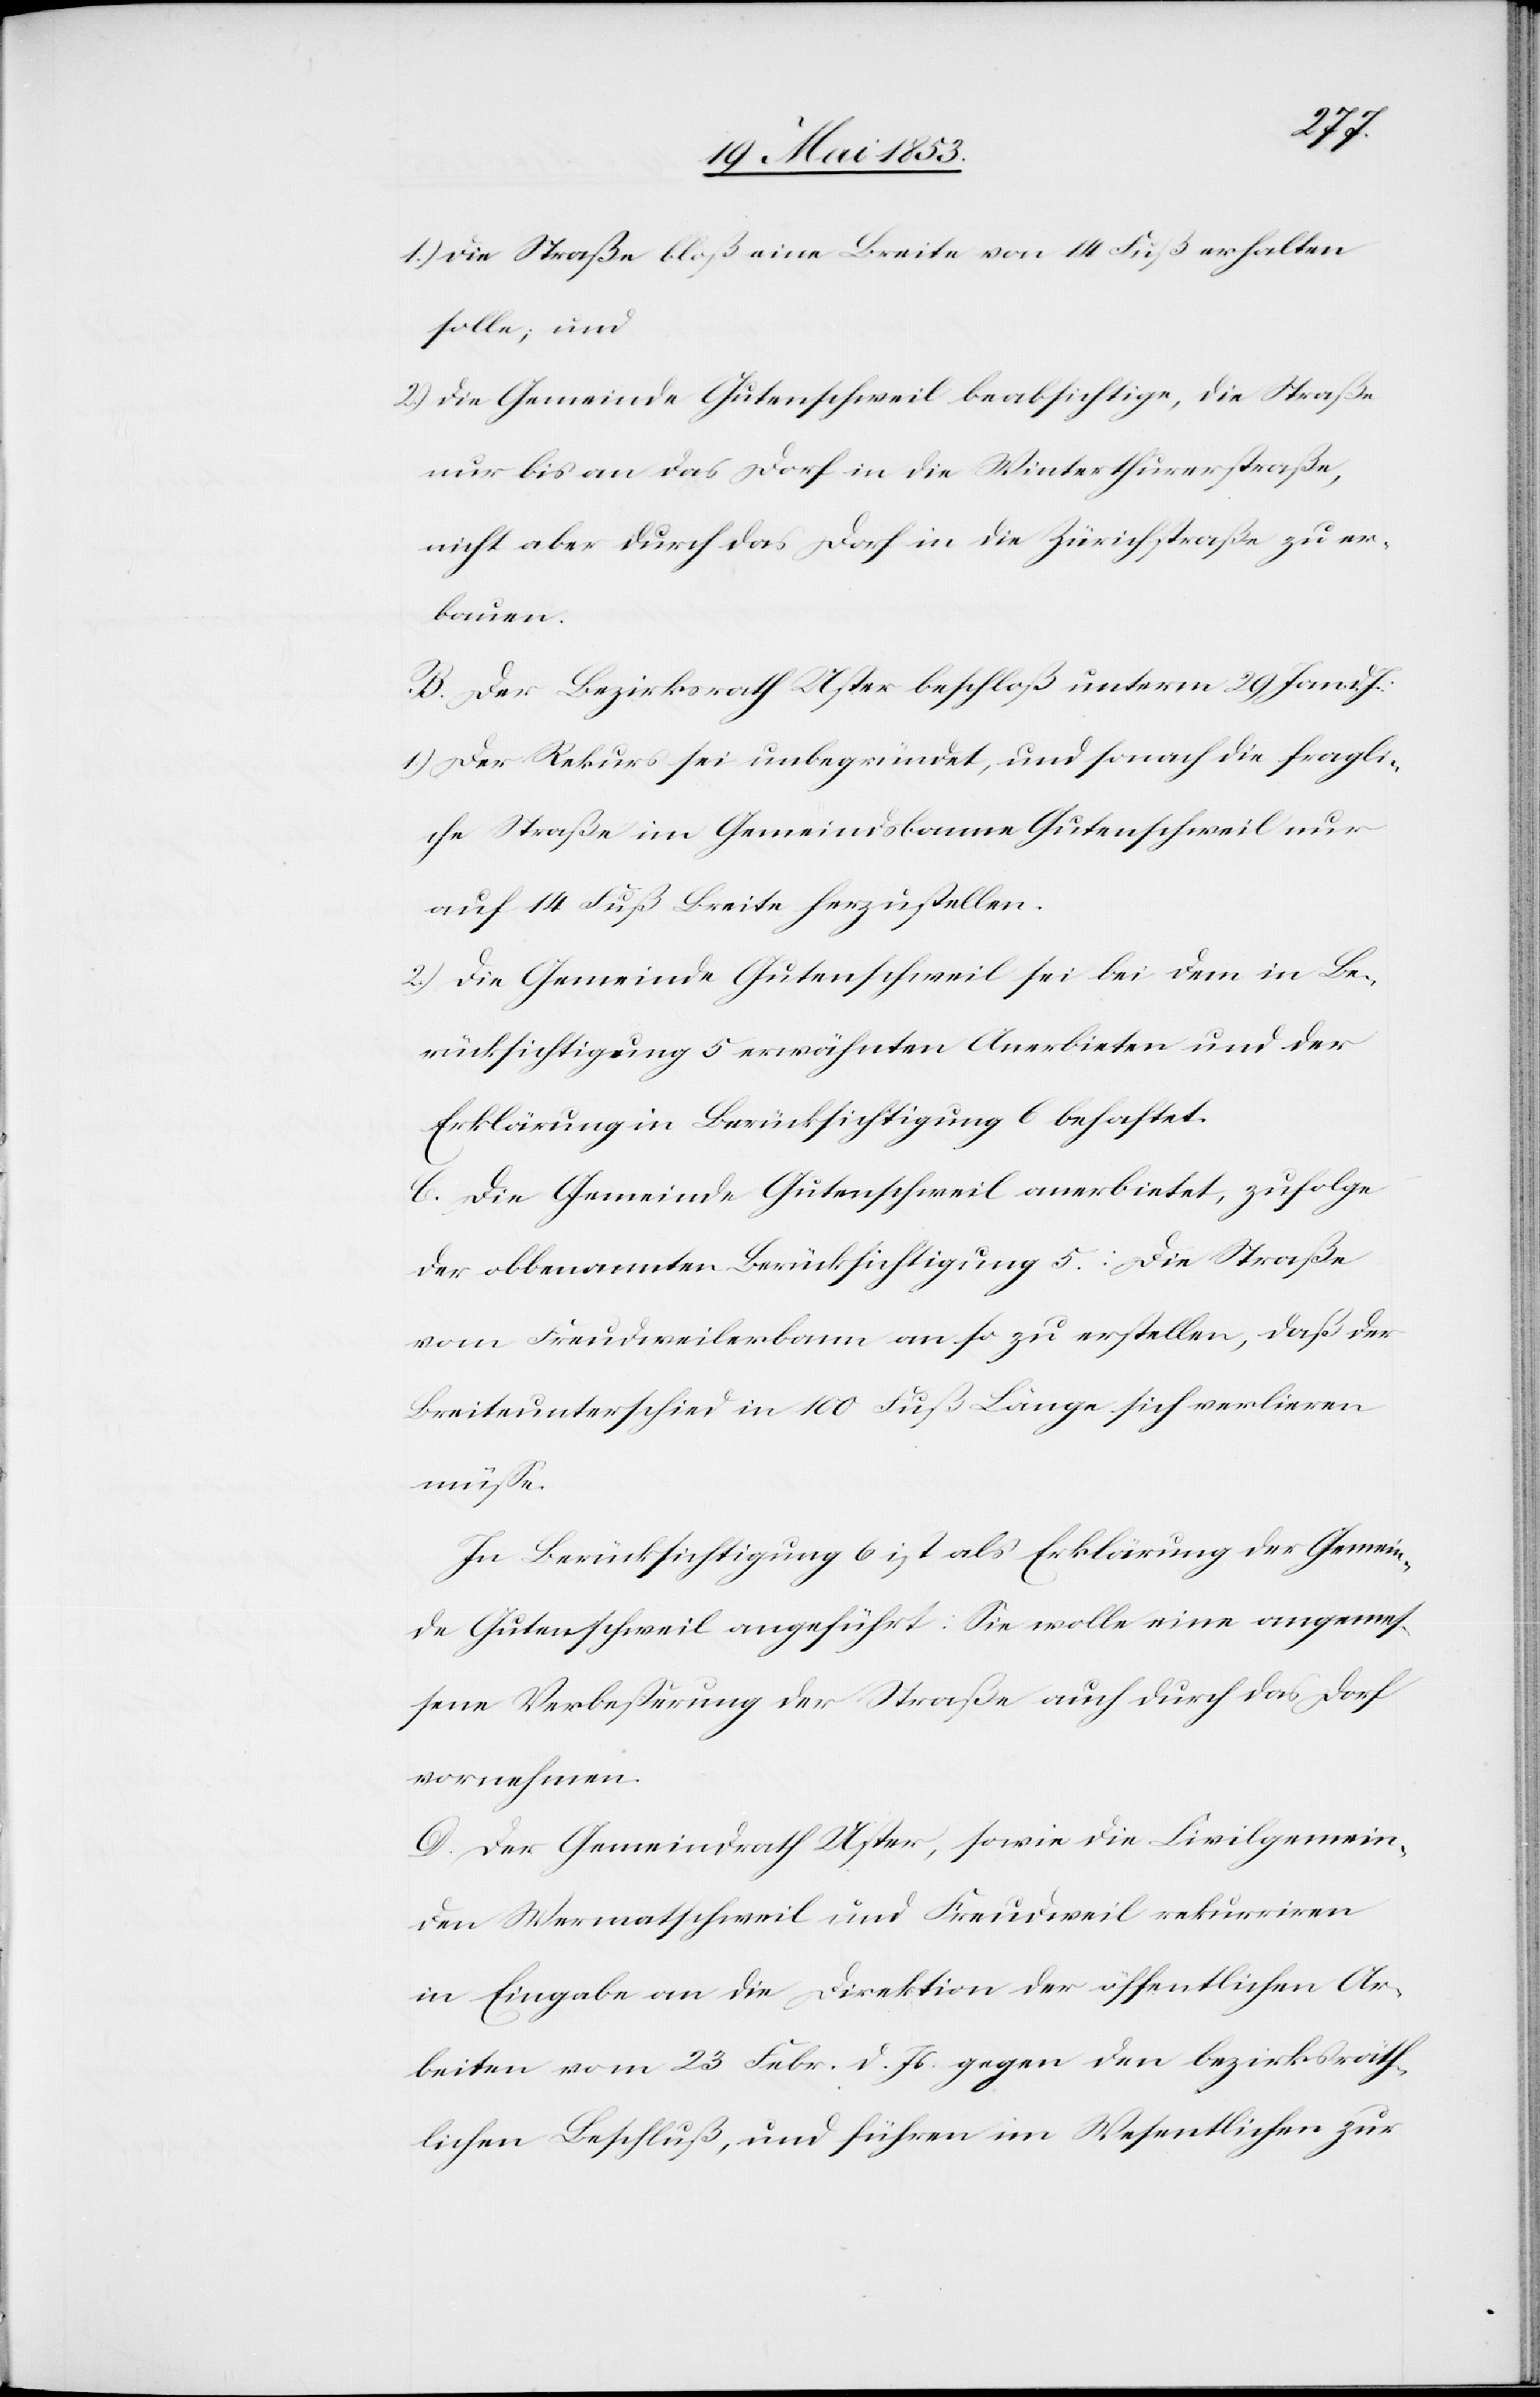
J.
1) Die Straße bloß eine Breite von 14 Fuß erhalten
solle; und
2) Die Gemeinde Gutenschweil beabsichtige, die Straße
nur bis an das Dorf in die Winterthurerstraße,
nicht aber durch das Dorf in die Zürichstraße zu er¬
bauen.
B. Der Bezirksrath Uster beschloß unterm 29 Jan
1) Der Rekurs sei unbegründet, und sonach die fragli¬
che Straße im Gemeindsbanne Gutenschweil nur
auf 14 Fuß Breite herzustellen.
2) Die Gemeinde Gutenschweil sei bei dem in Be¬
rücksichtigung 5 erwähnten Anerbieten und der
Erklärung in Berücksichtigung 6 behaftet.
C. Die Gemeinde Gutenschweil anerbietet, zufolge
der obbenannten Berücksichtigung 5: Die Straße
vom Freudenweilerbann an so zu erstellen, daß der
Breiteunterschied in 100 Fuß Länge sich verlieren
müße.
In Berücksichtigung 6 ist als Erklärung der Gemein¬
de Gutenschweil angeführt: Sie wolle eine angemeß¬
ene Verbeßerung der Straße auch durch das Dorf
vornehmen.
D. Der Gemeindrath Uster, sowie die Civilgemein¬
den Wermatschweil und Freudweil rekurriren
in Eingabe an die Direktion der öffentlichen Ar¬
beiten vom 23 Febr. d. Js. gegen den bezirksräth¬
lichen Beschluß, und führen im Wesentlichen zur